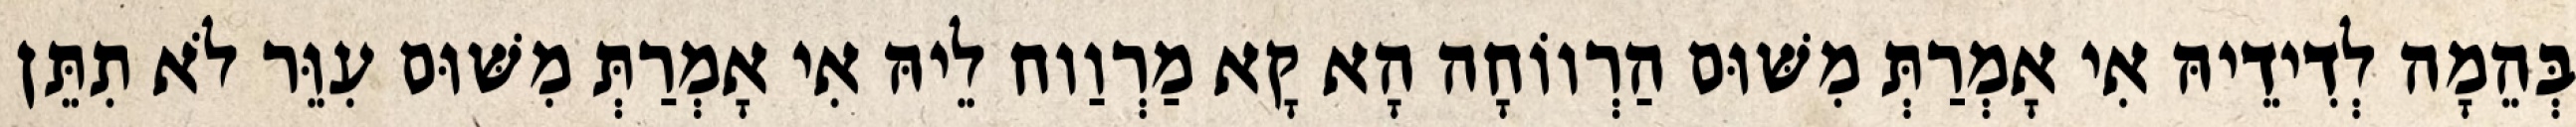
בְּהֵמָה לְדִידֵיהּ אִי אָמְרַתְּ מִשּׁוּם הַרְווֹחָה הָא קָא מַרְוַוח לֵיהּ אִי אָמְרַתְּ מִשּׁוּם עִוֵּר לֹא תִתֵּן